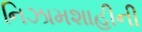
નિઝામશાહીની